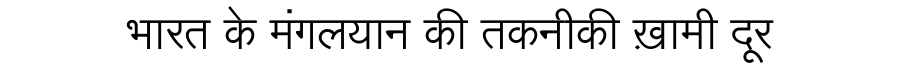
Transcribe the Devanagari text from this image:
भारत के मंगलयान की तकनीकी ख़ामी दूर